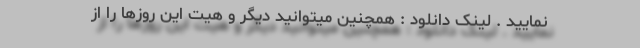
نمایید . لینک دانلود : همچنین میتوانید دیگر و هیت این روزها را از